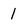
Character: 1